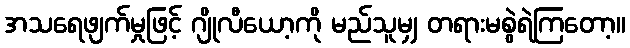
အသရေဖျက်မှုဖြင့် ဂျိုလီယော့ကို မည်သူမျှ တရားမစွဲရဲကြတော့။